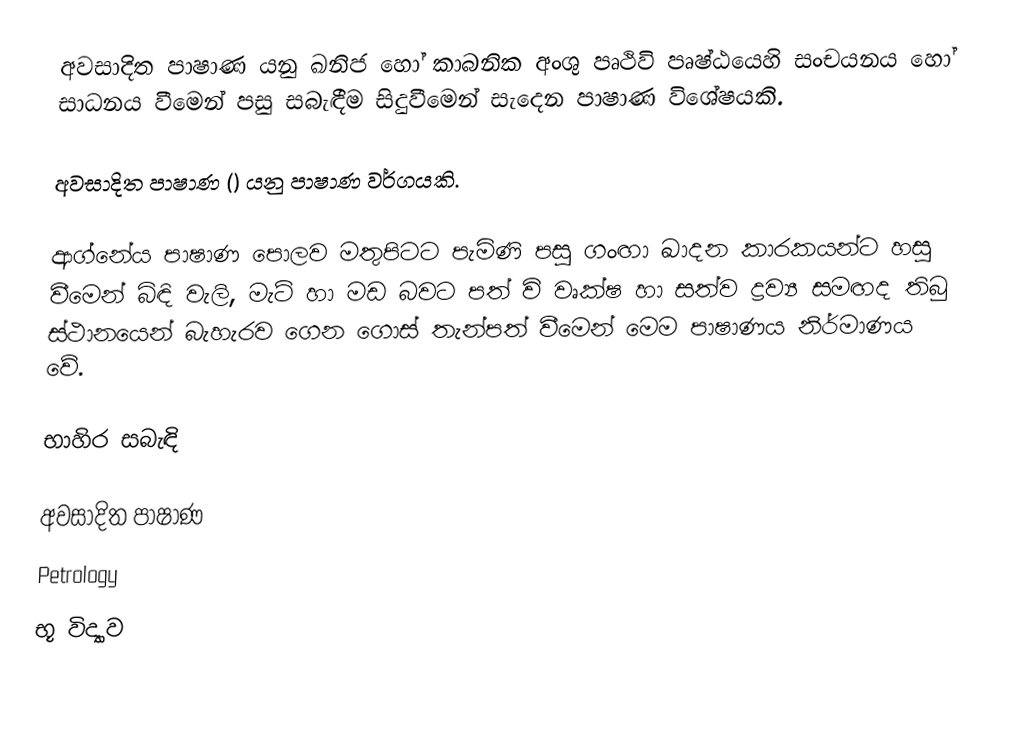
අවසාදිත පාෂාණ යනු ඛනිජ හෝ කාබනික අංශු පෘථිවි පෘෂ්ඨයෙහි සංචයනය හෝ සාධනය වීමෙන් පසු  සබැඳීම සිදුවීමෙන් සැදෙන පාෂාණ විශේෂයකි.

අවසාදිත පාෂාණ () යනු පාෂාණ වර්ගයකි.

ආග්නේය පාෂාණ පොලව මතුපිටට පැමිණි පසු ගංඟා ඛාදන කාරකයන්ට හසු වීමෙන් බිඳි වැලි, මැටි හා මඩ බවට පත් වි වෘක්ෂ හා සත්ව ද්‍රව්‍ය සමඟද තිබු ස්ථානයෙන් බැහැරව ගෙන ගොස් තැන්පත් වීමෙන් මෙම පාෂාණය නිර්මාණය වේ.

භාහිර සබැඳි

අවසාදිත පාෂාණ
Petrology
භූ විද්‍යාව